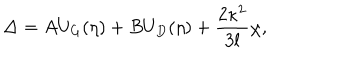
\Delta = A U _ { G } ( \eta ) + B U _ { D } ( \eta ) + \frac { 2 \kappa ^ { 2 } } { 3 l } \chi ,